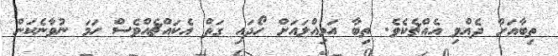
ތިބާއަށް ދެއްވި އެއްޗެކެވެ. ތިބާ އަމިއްލައަށް ހޯދައި ގަތް އެކައްޗެއްވެސް ހަމަ ނުވާނެކަން